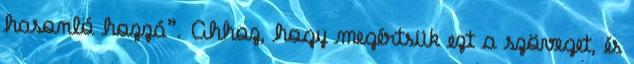
hasonló hozzá”. Ahhoz, hogy megértsük ezt a szöveget, és